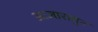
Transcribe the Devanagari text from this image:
आजारातुन